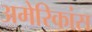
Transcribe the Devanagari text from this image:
अमेरिकांस